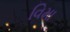
વિમા